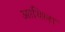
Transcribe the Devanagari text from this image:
आयिला